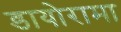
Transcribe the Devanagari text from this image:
डायोरामा